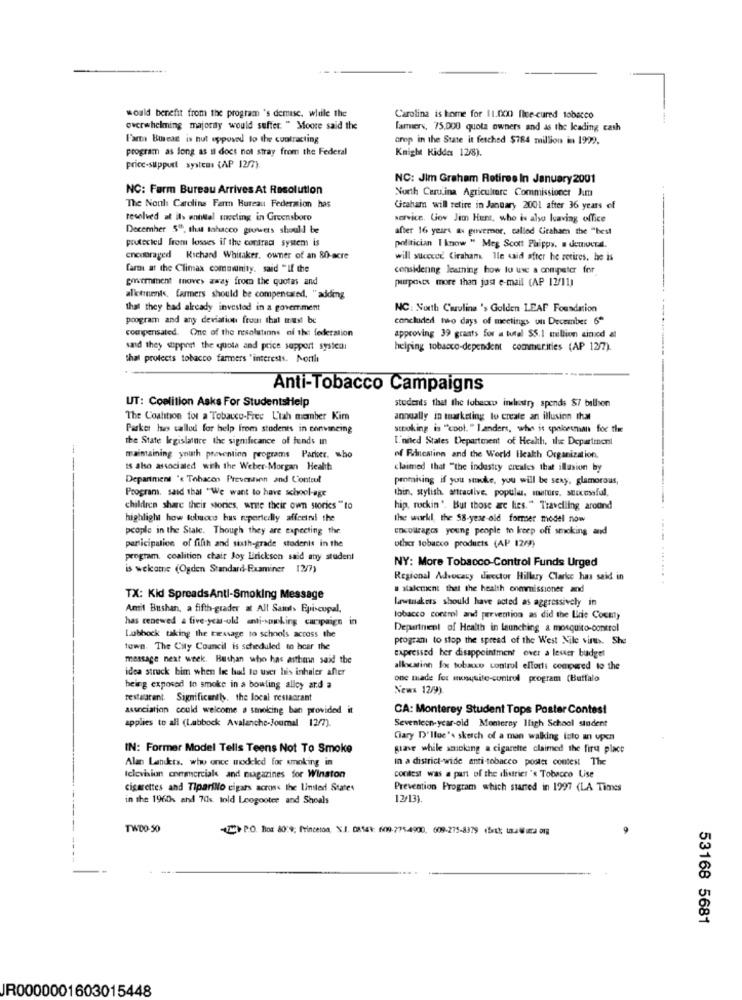
would benefit from the program 's demise. while the
Carolina is home for 11.000 five-cured tobacco
overwhelming majority would suffer. " Moore said the
lammers, 75.000 quota owners and as the leading cash
Farma BureaE is nut opposed to the contracting
crop in the State it fetched $784 million in 1999.
program as long as il docs not stray from the Federal
Knight Kidde 12/8).
price-support systems (AP 12/2)
NC: Jim Graham Retiree In January 2001
NC: Farm Bureau Arrives At Resolution
North Curutina Agricultorc Commissioner Jum
The Noul: Caroline Farm Bureau Federmion has
Graham will retire in January 2001 after 36 years of
resolved at its entitel secling in Greensboro
service. Gov Jim Hunt, who is also leaving office
December 5ºº, that tahacco growers should be
after 16 years as governor, called Graham the "best
protected from losses if the contrac system is
politician I know " Meg Scott Paipps, a demucca.
cnoouraged Richard Whitaker. owner of an 80-acre
will succeed Ciraham. Ile said after he retires. he is
farm at the Climax community. said "If the
considerng lesthing how to use a computer for
goucomment moves away from the quotas and
puurpois more than just e-mail (AP 12/11)
allotments, farmers should be compensated. "adding
that they had already invested in a government
NC: North Carolina 's Golden LEAF Foundation
program and any deviation from that must be
concluded two days of meetings un December 6"
compensated. (one of the resolutions ni the federation
approving 39 grants for a total $5.1 million aimed at
sand they support the quota and price support systedi
helping tobacco-dependent commerities (AP 12/7).
that protects tobacco farmers "interests. North
Anti-Tobacco Campaigns
UT: Coelition Asks For StudentsHelp
students tlet the tobacco industry spends $7 billion
The Coalition for a Tobacco-Free L'lah mamber Kim
annually in marketing to create an illusion that
Parker Ines callod for help from students in convincing
stroking is ""cool. " Landers, who it speisesmian for the
the State legislature the significance of funds in
I'nited States Department of Health, ile Department
maintaining youth prevention programs Parker. who
of Fincalinn and the World Ileakh Organization.
--
IS also associated with the Weber-Morgan Health
claimed that "the industry creales that illusion by
Department 'e Tobacon Prevention and Contoul
promising if you smuke, you will be sexy, glamorous,
Program, said that "We want to have school-age
thin, stylish, stradlive, popular, maturs. successful,
children share their stories, write their own stories "to
hip, rockin '. But those are lies." Travelling around
highlight how toloco hus reportedly afferiri the
the workl, the 58-year-old former model now
people in the Stale. Though they are expecting the
encourages young people to keep off smoking and
other tobacco products (AP 12/9)
participation of fifth and sixth-grade students in the
program. coalition chair Joy Erickson said any student
NY: More Tobacco-Control Funds Urged
is welcome (Ogden Standard-Examiner 12/7)
Regional Advocacy dwector Hillary Clarke has said in
slalement thet the health onmmissioner and
TX: Kid SpreadsAnti-Smoking Message
lawmakers should have acted as aggressively in
Amit Bushan, a fifth-grader at All Saints Episcopal,
has renewed a five-year-old anti-spanking campaign in
tobacco control and prevention as did the Birie Cocmy
Department of Health in launching a mosquito-control
Lubbock taking the message to schools across the
prograni to stop the spread of the West Nile vinb. She
town. The City Council is scheduled to hear the
expressed her disappointment over a lever budget
message next week. Buthan who has asthm said the
idea struck bim when lie bad to user his inhaler after
allocation fox tobacco control efforts compared to the
one made for mosquite-control program (Buffalo
being exposed to smoke in a bowling alley ard a
News 12/9).
restaurant. Significantly. the local restaurant
association could welcome s smoking ban provided it
CA: Monterey Student Tops Poster Contest
applies to all (Labbock Avalanche-Journal 12/7).
Seventeen-year-old Monterey Iligh School student
Gary D'llue's sketch of a man walking into an upen
IN: Former Model Tells Teens Not To Smoke
grave while smoking a cigarette claimed the fire place
Alan Landets, who once modeled for smoking in
In a district-wide anti-tobacco poster contest The
Iclevision commerciale and magazines for Winston
contest was a part of the district's Tobacco Lise
cigarettes and TipariNo cigars across the United States
Prevention Program which started in 1997 (LA Times
in the 1960% and 7ds. told Loogooter and Shoals
12/13).
TWDO-50
(2+ P.O. Box 80:9; Princeton, N.J. DAS4: 6009-775-4900, 609-275-8379 (fett; taluca org
53168 5681
JR0000001603015448